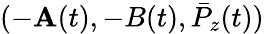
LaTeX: (-\mathbf{A}(t),-B(t),\bar{{P}}_{z}(t))